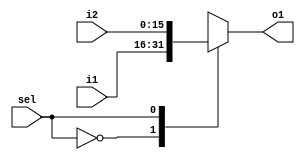
module mux16bit(sel, i1, i2, o1);
  input sel;
  input [15:0] i1, i2;
  output [15:0] o1;
  reg [15:0] o1;
  always @(sel or i1 or i2) begin
    case (sel)
      1'b0: o1 = i1;
      1'b1: o1 = i2;
    endcase
  end
endmodule

module tb_mux16bit;
  reg [15:0] A, B;
  reg sel;
  wire [15:0] result;
  mux16bit uut(sel, A, B, result);
  initial begin
    #10
    A = 16'b1111_1111_1111_1111;
    B = 16'b0000_0000_0000_0000;
    sel = 1'b0;
    #10
    sel = 1'b1;
  end
  initial begin
    $monitor("A=%d B=%d sel=%d : result=%d", A, B, sel, result);
  end
endmodule